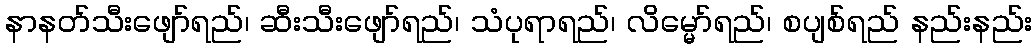
နာနတ်သီးဖျော်ရည်၊ ဆီးသီးဖျော်ရည်၊ သံပုရာရည်၊ လိမ္မော်ရည်၊ စပျစ်ရည် နည်းနည်း